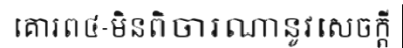
គោរព៤-មិនពិចារណានូវសេចក្តី